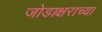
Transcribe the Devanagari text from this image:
जोडाक्षराच्या